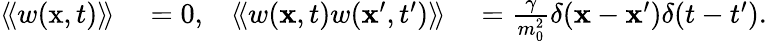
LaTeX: \begin{array}{rlrl}{\left\langle\! \left\langle w(\textrm{x},t)\right\rangle\! \right\rangle}&{{}=0,}&{\left\langle\! \left\langle w(\mathbf{x},t)w(\mathbf{x}^{\prime},{t^{\prime}})\right\rangle\! \right\rangle}&{{}={\frac{\gamma}{m_{0}^{2}}}\delta(\mathbf{x}-\mathbf{x}^{\prime})\delta(t-{t^{\prime}}).}\end{array}